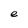
Character: e